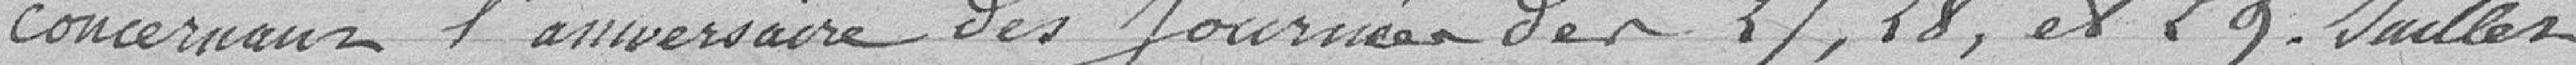
concernant l'anniversaire des Journées des 27, 28 et 29 Juillet